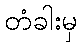
တံခါးမှ